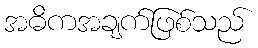
အဓိကအချက်ဖြစ်သည်